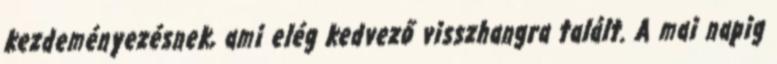
kezdeményezésnek, ami elég kedvező visszhangra talált. A mai napig